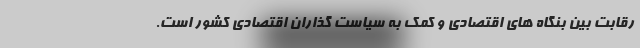
رقابت بین بنگاه های اقتصادی و کمک به سیاست گذاران اقتصادی کشور است.